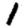
Digit: 1